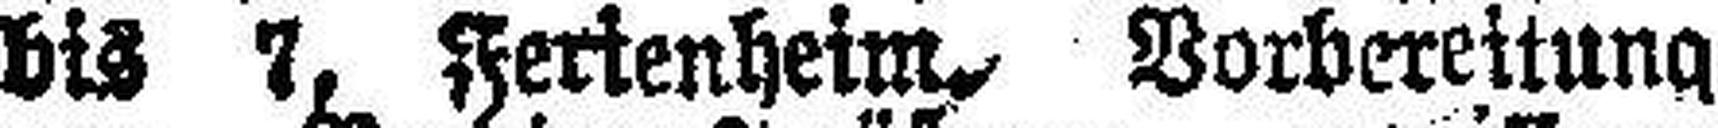
bis 7, Ferienheim. Vorbereitung